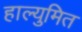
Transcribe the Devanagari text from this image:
हाल्युमित